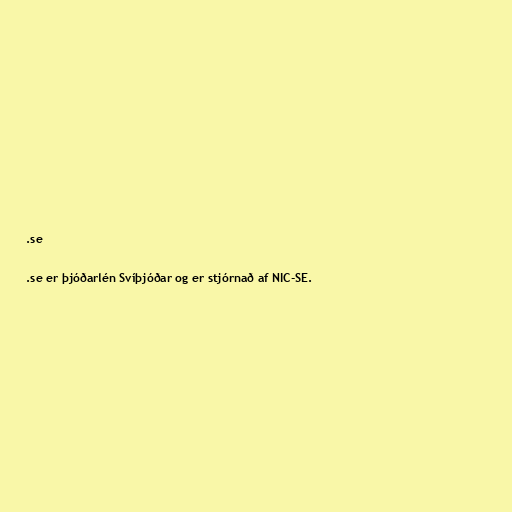
.se

.se er þjóðarlén Svíþjóðar og er stjórnað af NIC-SE.